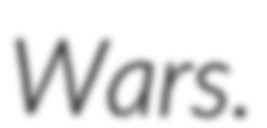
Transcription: Wars.